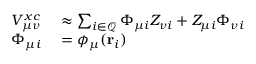
\begin{array} { r l } { V _ { \mu \nu } ^ { x c } } & { { } \approx \sum _ { i \in \mathcal { Q } } \Phi _ { \mu i } Z _ { \nu i } + Z _ { \mu i } \Phi _ { \nu i } } \\ { \Phi _ { \mu i } } & { { } = \phi _ { \mu } ( \ensuremath \mathbf { r } _ { i } ) } \end{array}